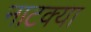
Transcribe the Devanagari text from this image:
नाटक्या